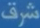
شرف